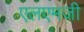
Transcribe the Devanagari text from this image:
एलएमजी